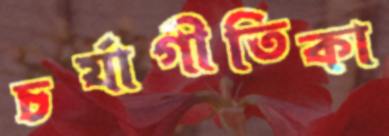
চর্যাগীতিকা